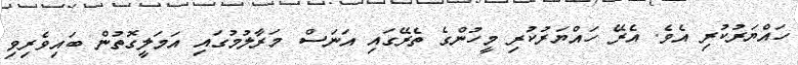
ހައްޔަރުކުރި އެވެ. އެރޭ ހައްޔަރުކުރި މީހުންގެ ތެރޭގައި އަނަސް މަރާލުމުގައި އަމަލީގޮތުން ބައިވެރިވި